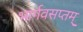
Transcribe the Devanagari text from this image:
भार्गवसप्तम्